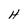
Character: H